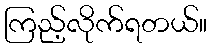
ကြည့်လိုက်ရတယ်။